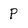
Character: p